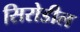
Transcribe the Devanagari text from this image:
सिरोडील